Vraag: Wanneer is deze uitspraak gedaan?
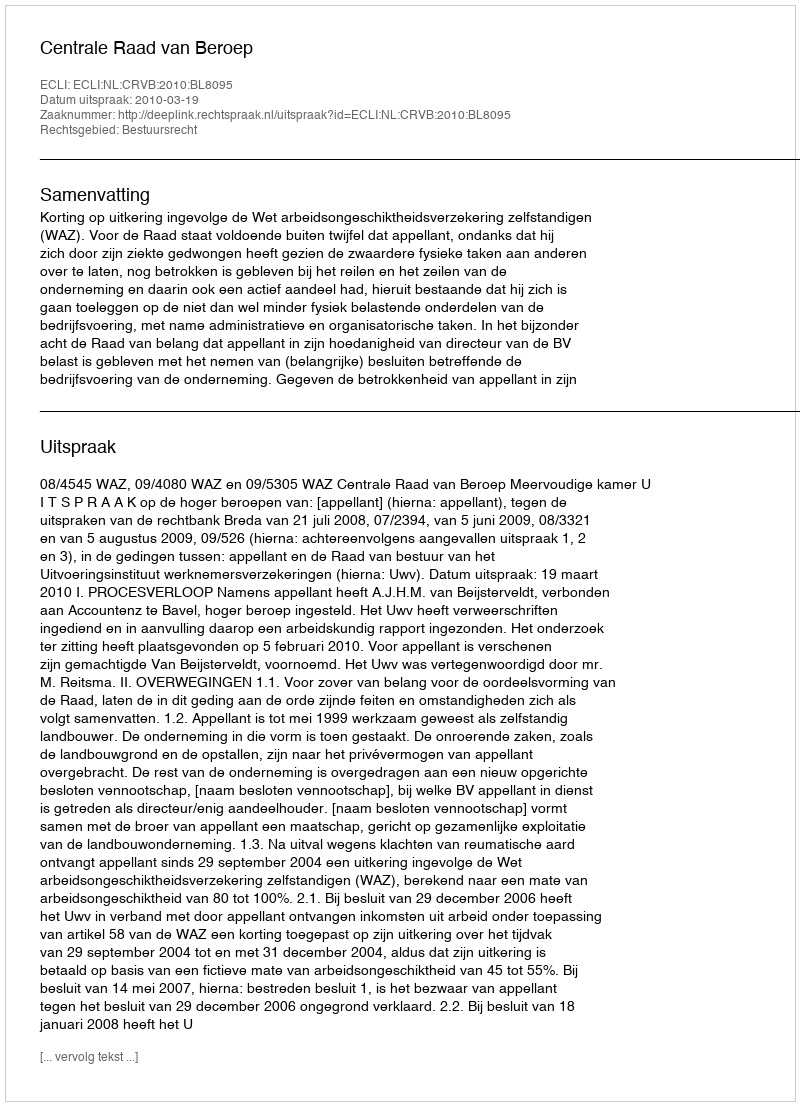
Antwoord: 2010-03-19